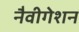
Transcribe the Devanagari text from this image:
नैवीगेशन